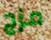
مزج